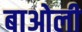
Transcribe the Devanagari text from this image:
बाओली